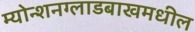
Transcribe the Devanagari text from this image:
म्योन्शनग्लाडबाखमधील